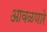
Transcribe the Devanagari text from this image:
आवळणारे